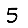
Digit: 5